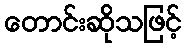
တောင်းဆိုသဖြင့်